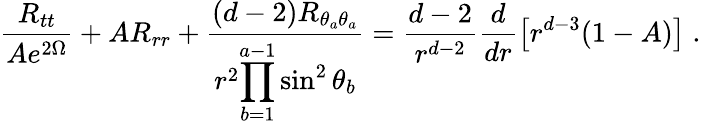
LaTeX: \frac{R_{tt}}{Ae^{2\Omega}}+AR_{rr}+\frac{(d-2)R_{\theta_{a}\theta_{a}}}{r^{2}\displaystyle{\prod_{b=1}^{a-1}\sin^{2}\theta_{b}}}=\frac{d-2}{r^{d-2}}\frac{d}{dr}\left[r^{d-3}(1-A)\right]\; .